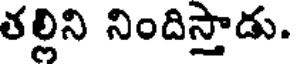
తల్లిని నిందిస్తాడు.